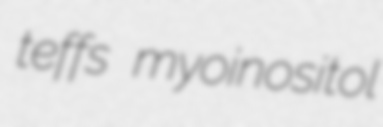
teffs myoinositol